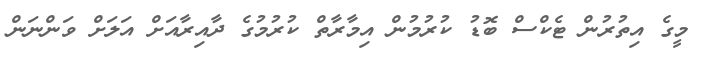
މީގެ އިތުރުން ޓެކްސް ބޮޑު ކުރުމުން އިމާރާތް ކުރުމުގެ ދާއިރާއަށް އަލަށް ވަންނަން